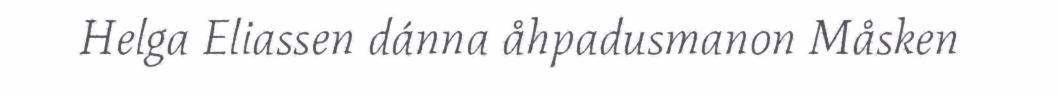
Helga Eliassen dánna åhpadusmanon Måsken